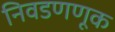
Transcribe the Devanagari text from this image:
निवडणणूक